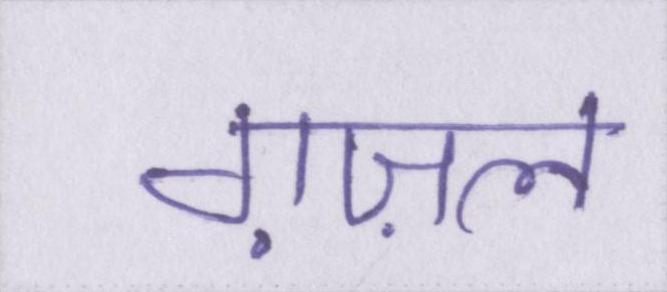
ग़ज़ल